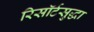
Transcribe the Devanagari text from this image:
रिसॉर्टसुद्धा